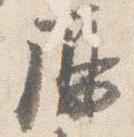
鳫